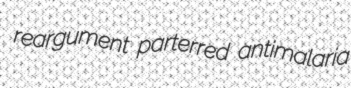
reargument parterred antimalaria